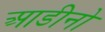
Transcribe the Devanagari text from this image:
आडीनो